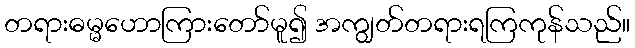
တရားဓမ္မဟောကြားတော်မူ၍ အကျွတ်တရားရကြကုန်သည်။